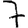
Digit: 7